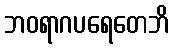
ဘဝရာဂပရေတေဘိ